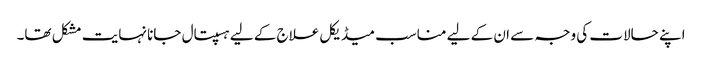
اپنے حالات کی وجہ سے ان کے لیے مناسب میڈیکل علاج کے لیے ہسپتال جانا نہایت مشکل تھا۔